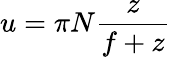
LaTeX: u=\pi N\frac{z}{f+z}